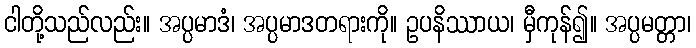
ငါတို့သည်လည်း။ အပ္ပမာဒံ၊ အပ္ပမာဒတရားကို။ ဥပနိဿာယ၊ မှီကုန်၍။ အပ္ပမတ္တာ၊